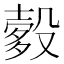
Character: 𬆯